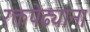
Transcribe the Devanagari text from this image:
रक्तपेढ्याना